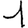
Digit: 1